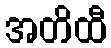
အတိထီ